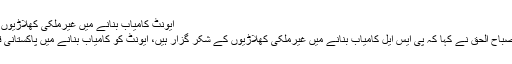
ایونٹ کامیاب بنانے میں غیرملکی کھلاڑیوں کے شکرگزار ہیں، مصباح
پشاور زلمی کے بلے باز مصباح الحق نے کہا کہ پی ایس ایل کامیاب بنانے میں غیرملکی کھلاڑیوں کے شکر گزار ہیں، ایونٹ کو کامیاب بنانے میں پاکستانی قوم کے بھی شکر گزار ہیں۔